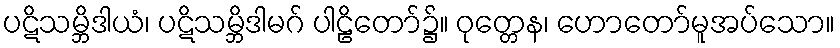
ပဋိသမ္ဘိဒါယံ၊ ပဋိသမ္ဘိဒါမဂ် ပါဠိတော်၌။ ဝုတ္တေန၊ ဟောတော်မူအပ်သော။